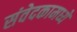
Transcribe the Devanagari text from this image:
संवेदकामध्ये